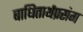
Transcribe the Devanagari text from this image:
बाधितार्थप्रसंग